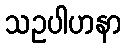
သဥပါဟနာ